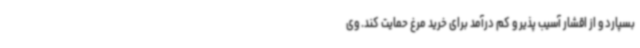
بسپارد و از اقشار آسیب پذیر و کم درآمد برای خرید مرغ حمایت کند. وی